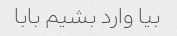
بیا وارد بشیم بابا